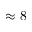
\approx 8